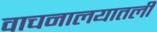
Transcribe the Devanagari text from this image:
वाचनालयातली